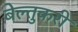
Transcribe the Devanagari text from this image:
बेल्तुकरी